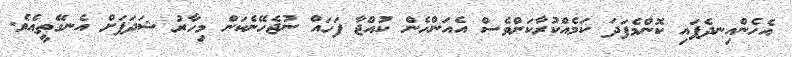
އެހެންއިނދެފައި ކޮންމެފަދަ ކަމެއްކުރާކަށްވެސް އެއަންހެން ކުއްޖާ ފަހައް ނުޖެހޭނެކަން މިހާރު ޝަދަފަށް އެނގޭތީއެވެ.